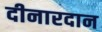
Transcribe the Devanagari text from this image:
दीनारदान